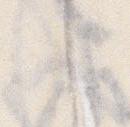
し